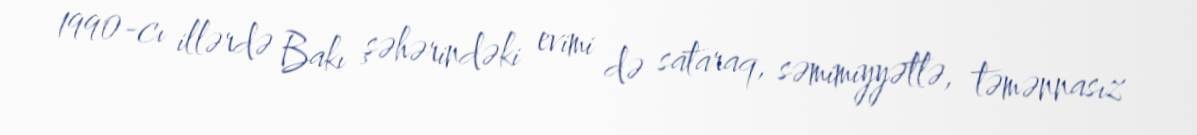
1990-cı illərdə Bakı şəhərindəki evimi də sataraq, səmimiyyətlə, təmənnasız